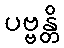
ပဗ္ဗန္တိ